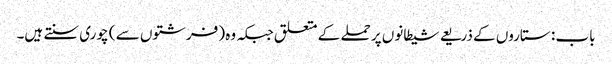
باب : ستاروں کے ذریعے شیطانوں پر حملے کے متعلق جبکہ وہ (فرشتوں سے ) چوری سنتے ہیں۔